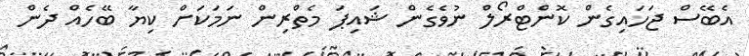
އެބޭސް ޖަހައިގެން ކޮންޓްރޯލް ނުވެގެން ޝައިޕަ މެތްރިން ނަމަކަށް ކިޔާ ބޭހެއް ދެން